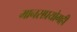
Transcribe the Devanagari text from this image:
मानसप्रयोगही